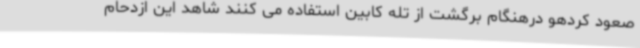
صعود کردهو درهنگام برگشت از تله کابین استفاده می کنند شاهد این ازدحام